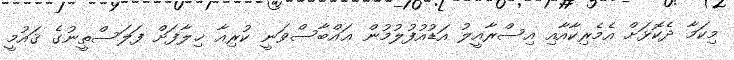
މިކަމާ ދެކޮޅަށް އެމެރިކާއާއި އިސްރާއީލު އަޑުއުފުލުމުން ޢައްބާސްވަނީ ކުރިއާ ޚިލާފަށް ފަލަސްތީނުގެ ޤައުމީ